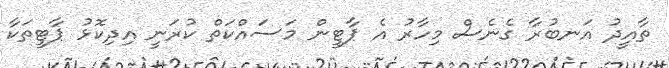
ތާއީދު އަނބުރާ ގެނެސް މިހާރު އެ ޕާޓީން މަސައްކަތް ކުރަނީ އިދިކޮޅު ޕާޓީތަކާ